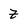
Character: z